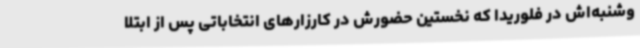
وشنبه‌اش در فلوریدا که نخستین حضورش در کارزارهای انتخاباتی پس از ابتلا